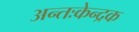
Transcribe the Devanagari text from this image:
अन्तःकेन्द्रक